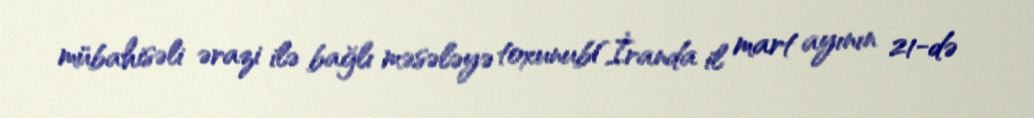
mübahisəli ərazi ilə bağlı məsələyə toxunub(İranda il mart ayının 21-də